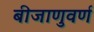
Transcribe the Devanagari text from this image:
बीजाणुवर्ण